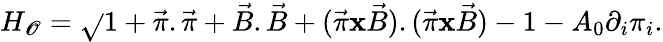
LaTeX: H_{\mathscr{O}}=\sqrt{}{{1+\vec{{\pi}}.\vec{{\pi}}+\vec{{B}}.\vec{{B}}+(\vec{{\pi}}{\mathbf{x}}\vec{{B}}).(\vec{{\pi}}{\mathbf{x}}\vec{{B}})}}-1-A_{0}\partial_{i}\pi_{i}.